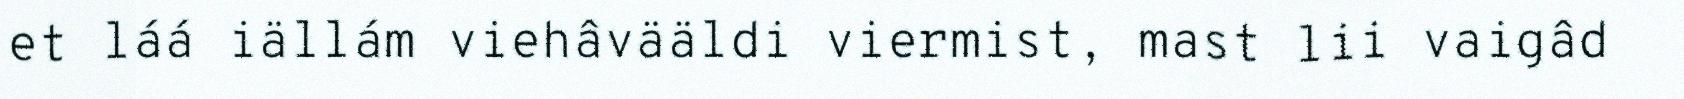
et láá iällám viehâvääldi viermist, mast lii vaigâd